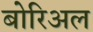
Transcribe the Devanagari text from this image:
बोरिअल